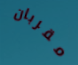
مقربان